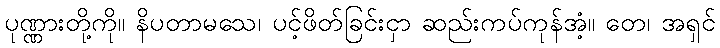
ပုဏ္ဏားတို့ကို။ နိပတာမသေ၊ ပင့်ဖိတ်ခြင်းငှာ ဆည်းကပ်ကုန်အံ့။ တေ၊ အရှင်